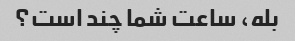
بله، ساعت شما چند است؟